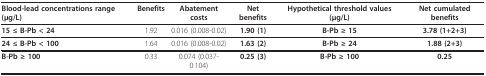
| Blood-lead concentrations range (μg/L) | Benefits | Abatement costs | Net benefits | Hypothetical threshold values (μg/L) | Net cumulated benefits |
 | --- | --- | --- | --- | --- | --- |
 | 15 ≤ B-Pb < 24 | 1.92 | 0.016 (0.008-0.02) | 1.90 (1) | B-Pb ≥ 15 | 3.78 (1+2+3) |
 | 24 ≤ B-Pb < 100 | 1.64 | 0.016 (0.008-0.02) | 1.63 (2) | B-Pb ≥ 24 | 1.88 (2+3) |
 | B-Pb ≥ 100 | 0.33 | 0.074 (0.037-0.104) | 0.25 (3) | B-Pb ≥ 100 | 0.25 |